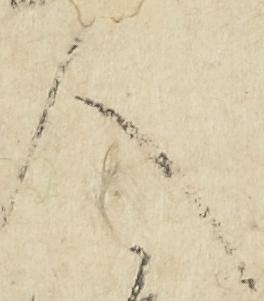
人